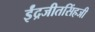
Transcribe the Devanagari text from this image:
ईंद्रजीतसिंहजी